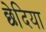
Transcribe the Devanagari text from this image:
छेदिया